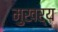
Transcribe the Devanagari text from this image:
मुखर्‍य